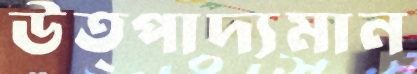
উত্পাদ্যমান